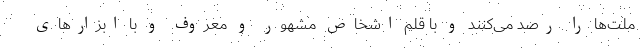
ملت‌ها را رصد می‌کنند و با قلم اشخاص مشهور و معروف و با ابزار‌های